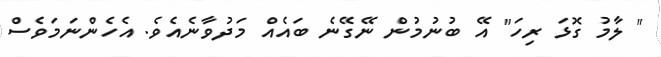
" ލާމު ގޮޅަ ރިހަ" އޭ ބުނުމުން ނޭގޭނެ ބައެއް މަދުވާނެއެވެ. އެހެންނަމަވެސް